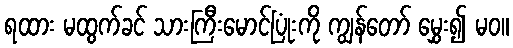
ရထား မထွက်ခင် သားကြီးမောင်ပြုံးကို ကျွန်တော် မွှေး၍ မဝ။